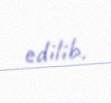
edilib.